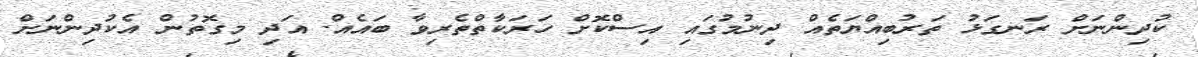
ކުދިންނަށް ރަނގަޅު ތަރުބިއްޔަތެއް ދިނުމުގައި އިސްކޮށް ހަރަކާތްތެރިވާ ބައެއް. އަދި މިގޮތުން އެކުދިންނަށް